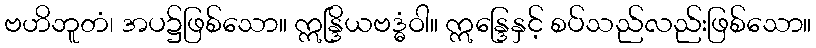
ဗဟိဘူတံ၊ အပ၌ဖြစ်သော။ ဣန္ဒြိယဗဒ္ဓံဝါ။ ဣန္ဒြေနှင့် စပ်သည်လည်းဖြစ်သော။